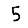
Digit: 5